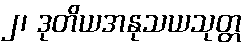
၂၊ ဒုတိယအနုသယသုတ္တ